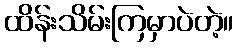
ထိန်းသိမ်းကြမှာပဲတဲ့။